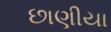
છાણીયા